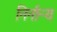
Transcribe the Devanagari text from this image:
निर्नान्य